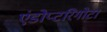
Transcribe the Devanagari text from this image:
एंडोप्टरिगोटा